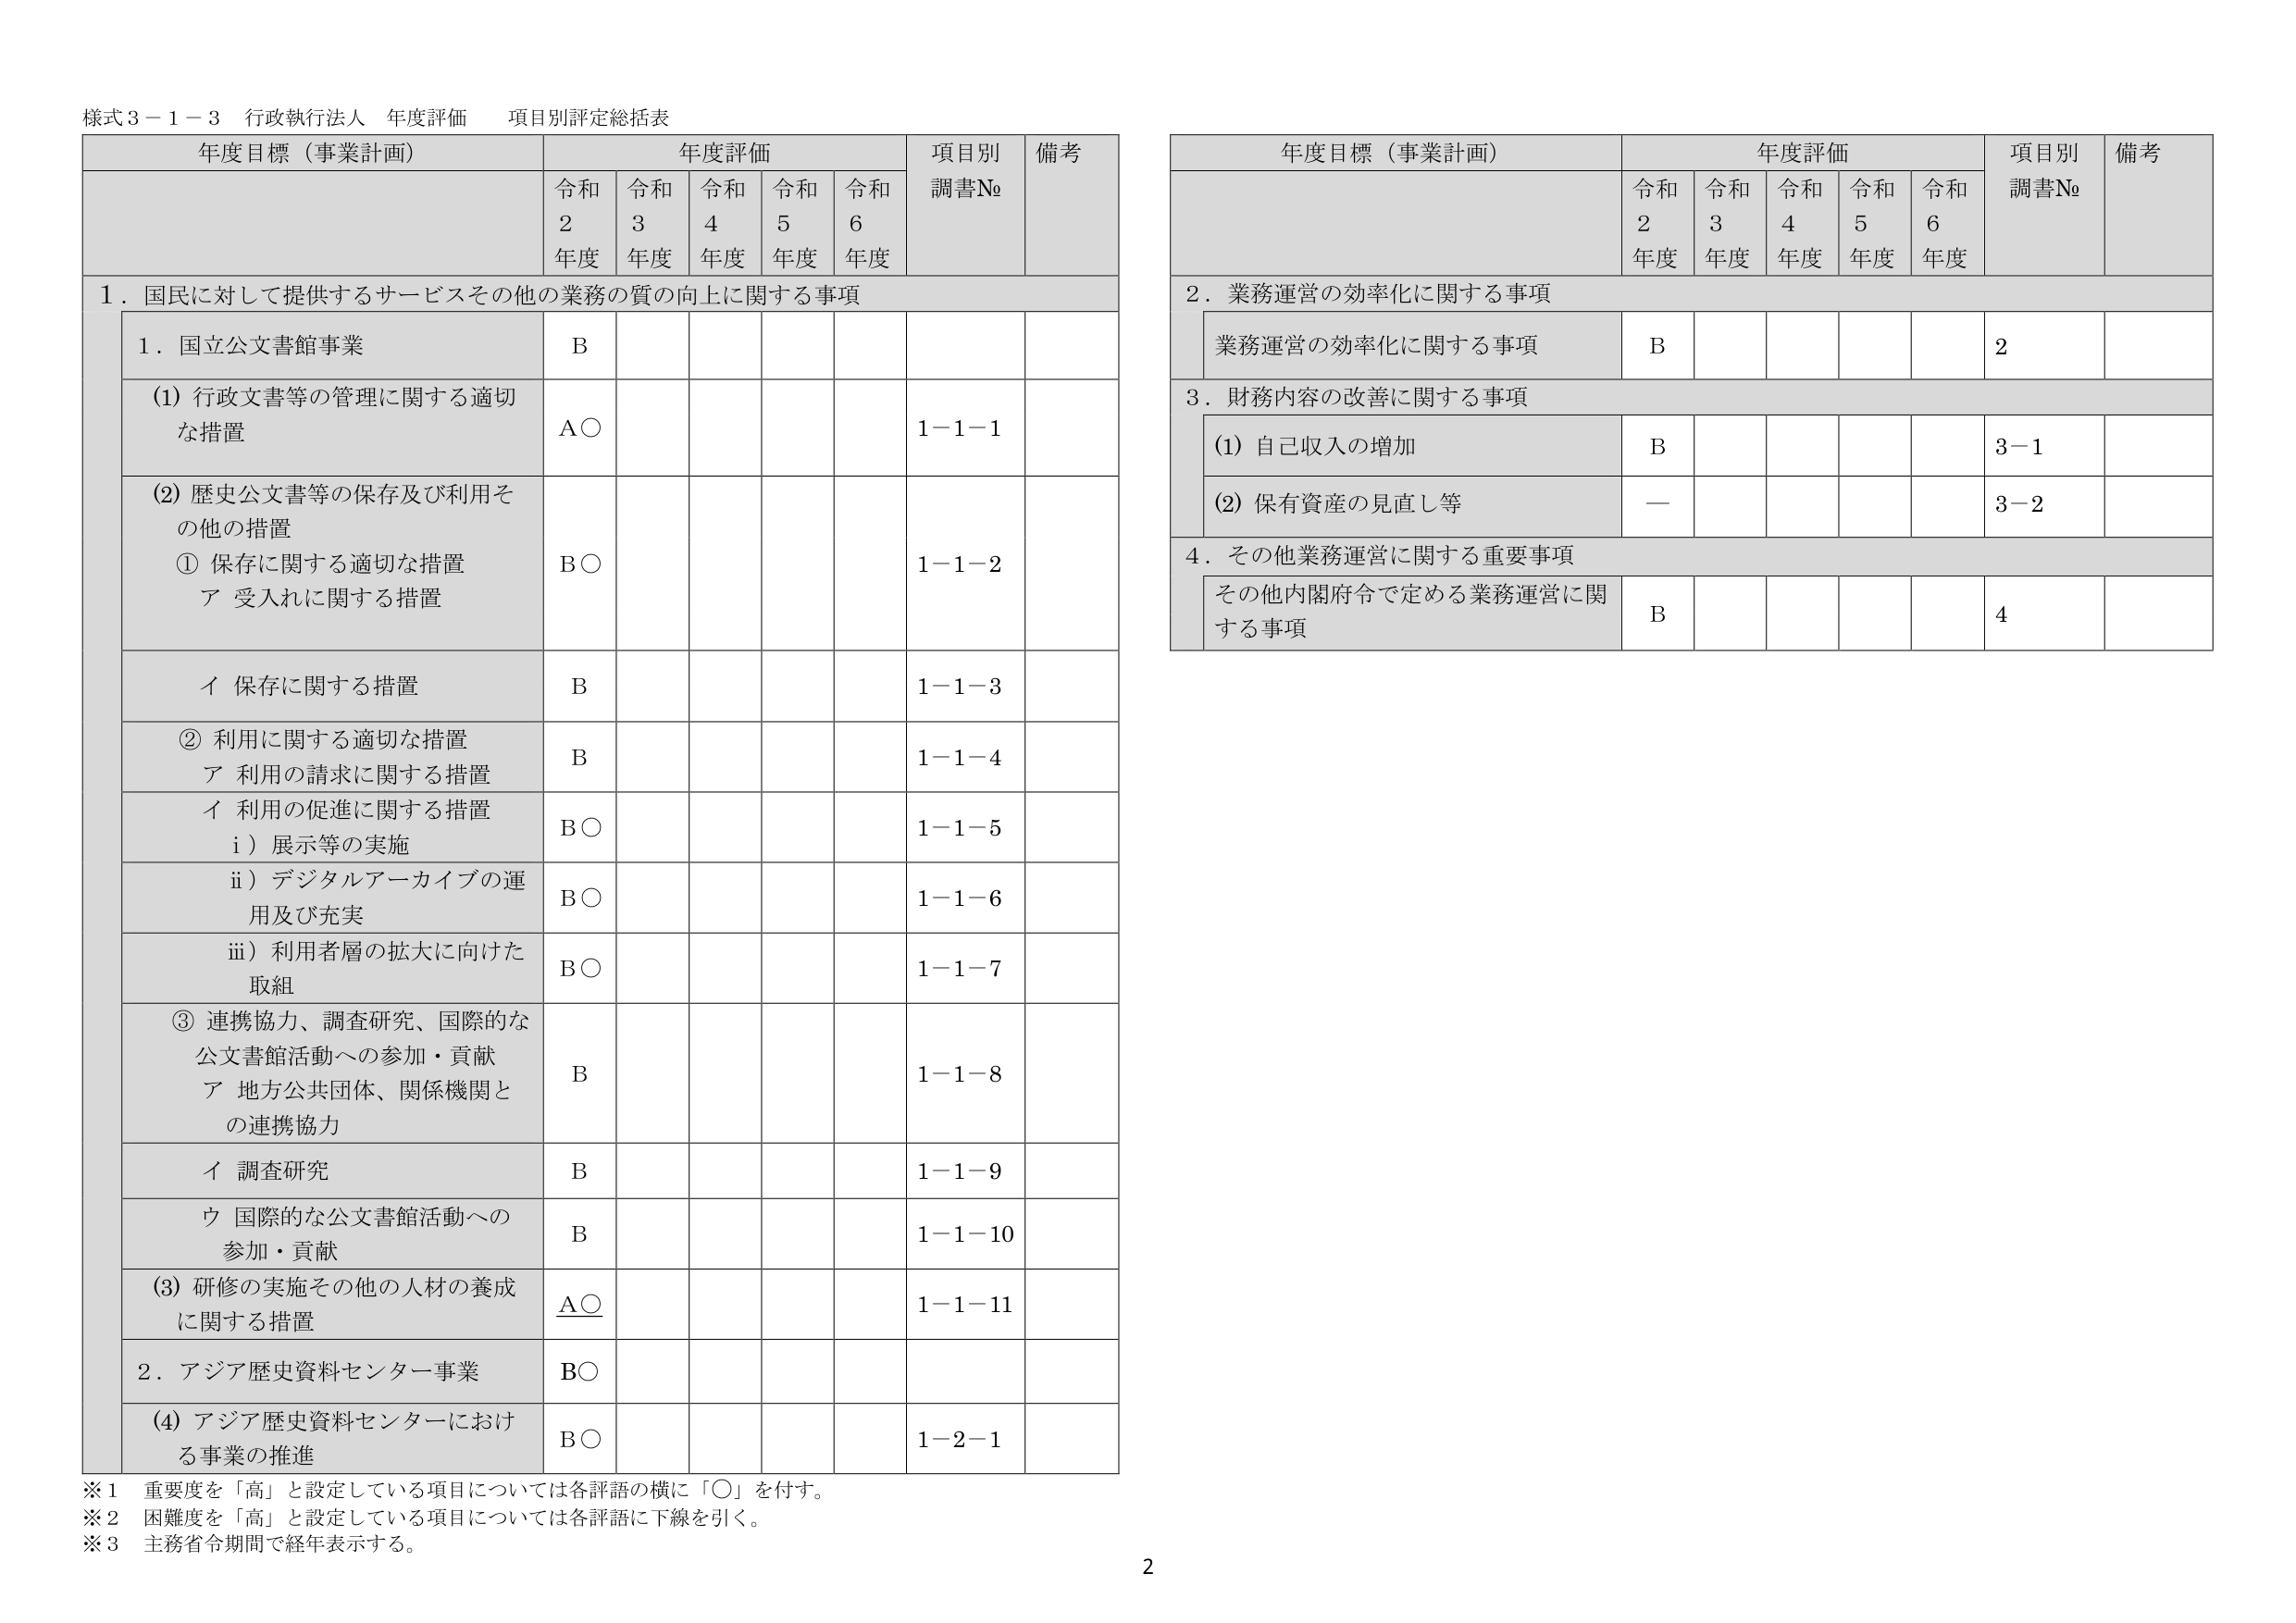
様式３－１－３ 行政執行法人 年度評価 項目別評定総括表

年度目標（事業計画） 年度評価 項目別 調書№ 備考
令和2年度 令和3年度 令和4年度 令和5年度 令和6年度

１．国民に対して提供するサービスその他の業務の質の向上に関する事項

１．国立公文書館事業 B

(1) 行政文書等の管理に関する適切な措置 A○ 1－1－1

(2) 歴史公文書等の保存及び利用その他の措置
① 保存に関する適切な措置
ア 受入れに関する措置 B○ 1－1－2

イ 保存に関する措置 B 1－1－3

② 利用に関する適切な措置
ア 利用の請求に関する措置 B 1－1－4
イ 利用の促進に関する措置
i）展示等の実施 B○ 1－1－5
ii）デジタルアーカイブの運用及び充実 B○ 1－1－6
iii）利用者層の拡大に向けた取組 B○ 1－1－7

③ 連携協力、調査研究、国際的な公文書館活動への参加・貢献
ア 地方公共団体、関係機関との連携協力 B 1－1－8
イ 調査研究 B 1－1－9
ウ 国際的な公文書館活動への参加・貢献 B 1－1－10

(3) 研修の実施その他の人材の養成に関する措置 A○ 1－1－11

２．アジア歴史資料センター事業 B○

(4) アジア歴史資料センターにおける事業の推進 B○ 1－2－1

※1 重要度を「高」と設定している項目については各評語の横に「○」を付す。
※2 困難度を「高」と設定している項目については各評語に下線を引く。
※3 主務省令期間で経年表示する。

年度目標（事業計画） 年度評価 項目別 調書№ 備考
令和2年度 令和3年度 令和4年度 令和5年度 令和6年度

２．業務運営の効率化に関する事項
業務運営の効率化に関する事項 B 2

３．財務内容の改善に関する事項
(1) 自己収入の増加 B 3－1
(2) 保有資産の見直し等 — 3－2

４．その他業務運営に関する重要事項
その他内閣府令で定める業務運営に関する事項 B 4

2